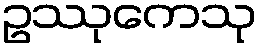
ဥဿုကေသု